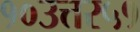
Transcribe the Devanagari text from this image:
१०उत्तर५१